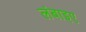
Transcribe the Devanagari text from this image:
लंबाइए